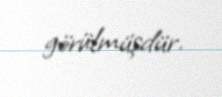
görülmüşdür.